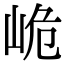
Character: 峗